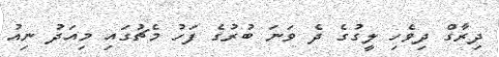
ދިރާގް ދިވެހި ލީގުގެ ދެ ވަނަ ބުރުގެ ފަހު މެޗުގައި މިއަދު ނިއު